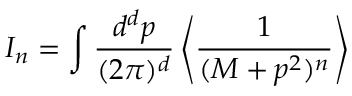
I _ { n } = \int \frac { d ^ { d } p } { ( 2 \pi ) ^ { d } } \left\langle \frac { 1 } { ( M + p ^ { 2 } ) ^ { n } } \right\rangle